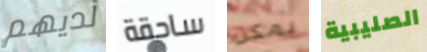
لديهم ساحقة يمكن الصليبية